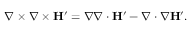
\nabla \times \nabla \times \mathbf { H } ^ { \prime } = \nabla \nabla \cdot \mathbf { H } ^ { \prime } - \nabla \cdot \nabla \mathbf { H } ^ { \prime } .